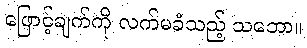
ဖြောင့်ချက်ကို လက်မခံသည့် သဘော။